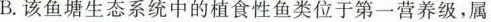
B.该鱼塘生态系统中的植食性鱼类位于第一营养级，属